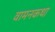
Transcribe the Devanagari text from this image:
वामनकथा